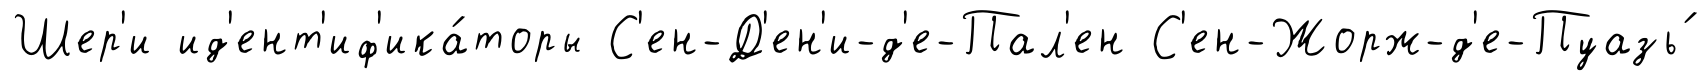
Шер'и ид'ент'иф'ика́торы С'ен-Д'ен'и-д'е-Пал'ен С'ен-Жорж-д'е-Пуазь́